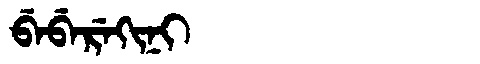
Manchu: ᠪᡝᠪᡝᡵᡝᡴᡳᠨᡳ
Romanization: BEBEREKINI